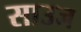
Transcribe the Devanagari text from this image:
साउज